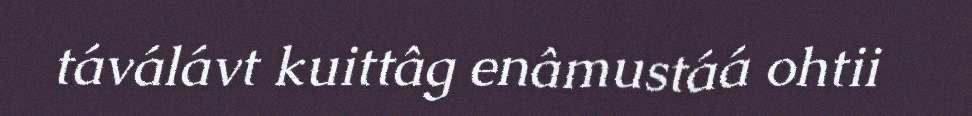
táválávt kuittâg enâmustáá ohtii